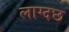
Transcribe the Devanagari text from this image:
लाग्दछ